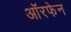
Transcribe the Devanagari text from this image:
ऑरफेन